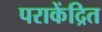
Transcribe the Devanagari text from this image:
पराकेंद्रित